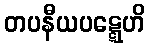
တပနီယပဋ္ဋေဟိ